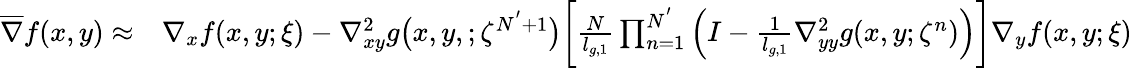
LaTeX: \begin{array}{rl}{\overline{{\nabla}}f(x,y)\approx}&{\nabla_{x}f(x,y;\xi)-\nabla_{xy}^{2}g\big(x,y,;\zeta^{N^{'}+1}\big)\bigg[\frac{N}{l_{g,1}}\prod_{n=1}^{N^{'}}\Big(I-\frac{1}{l_{g,1}}\nabla_{yy}^{2}g(x,y;\zeta^{n})\Big)\bigg]\nabla_{y}f(x,y;\xi)}\end{array}